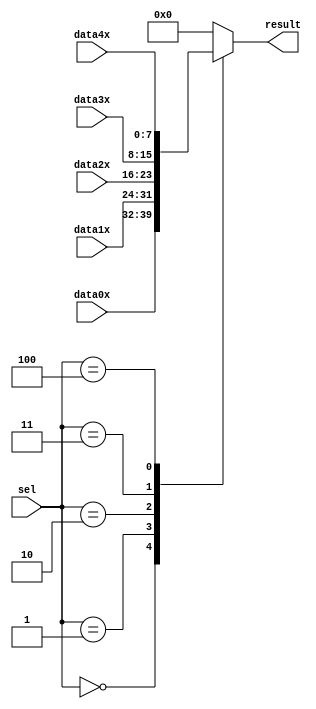
`timescale 1 ps / 1 ps

module mux5to1_8bit (
	data0x,
	data1x,
	data2x,
	data3x,
	data4x,
	sel,
	result);

	input	[7:0]  data0x;
	input	[7:0]  data1x;
	input	[7:0]  data2x;
	input	[7:0]  data3x;
	input	[7:0]  data4x;
	input	[2:0]  sel;
	output reg [7:0]  result;

	always @(*)
	begin
		case (sel)
			3'b000: result <= data0x;
			3'b001: result <= data1x;
			3'b010: result <= data2x;
			3'b011: result <= data3x;
			3'b100: result <= data4x;
			default: result <= 8'b0;
		endcase
	end
	
endmodule